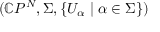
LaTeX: ( \mathbb { C } P ^ { N } , \Sigma , \{ U _ { \alpha } \; \vert \; \alpha \in \Sigma \} )